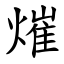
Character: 熣